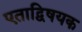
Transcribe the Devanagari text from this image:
एताद्विषयक